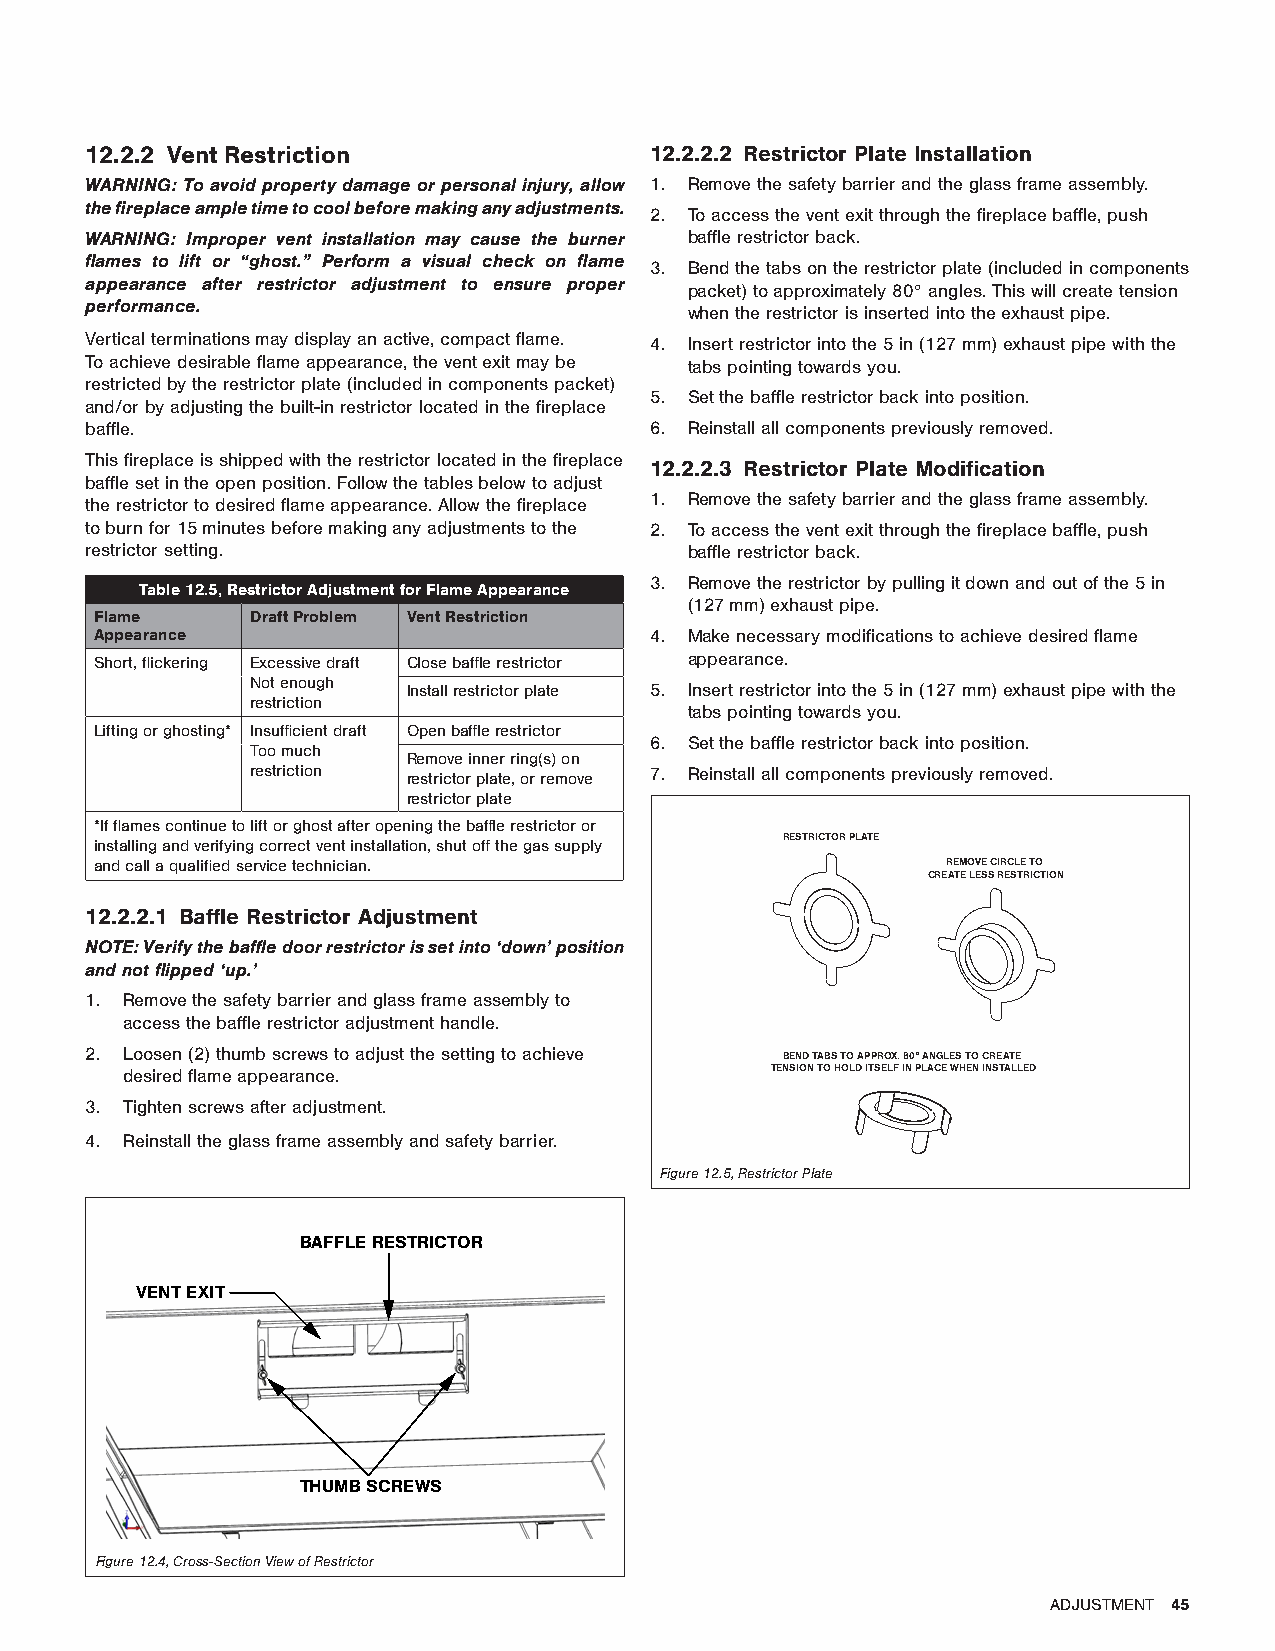
12.2.2 Vent Restriction              12.2.2.2 Restrictor Plate Installation
 WARNING: To avoid property damage or personal injury, allow 1. Remove the safety barrier and the glass frame assembly.
 the fireplace ample time to cool before making any adjustments.
 2. To access the vent exit through the fireplace baffle, push
 WARNING: Improper vent installation may cause the burner baffle restrictor back.
 flames to lift or “ghost.” Perform a visual check on flame
 3. Bend the tabs on the restrictor plate (included in components
 appearance after restrictor adjustment to ensure proper
 packet) to approximately 80° angles. This will create tension
 performance.
 when the restrictor is inserted into the exhaust pipe.
 Vertical terminations may display an active, compact flame. 4. Insert restrictor into the 5 in (127 mm) exhaust pipe with the
 To achieve desirable flame appearance, the vent exit may be tabs pointing towards you.
 restricted by the restrictor plate (included in components packet)
 5. Set the baffle restrictor back into position.
 and/or by adjusting the built-in restrictor located in the fireplace
 baffle.                              6. Reinstall all components previously removed.
 This fireplace is shipped with the restrictor located in the fireplace
 12.2.2.3 Restrictor Plate Modification
 baffle set in the open position. Follow the tables below to adjust
 1. Remove the safety barrier and the glass frame assembly.
 the restrictor to desired flame appearance. Allow the fireplace
 to burn for 15 minutes before making any adjustments to the 2. To access the vent exit through the fireplace baffle, push
 restrictor setting.                     baffle restrictor back.
 3. Remove the restrictor by pulling it down and out of the 5 in
 Table 12.5, Restrictor Adjustment for Flame Appearance
 (127 mm) exhaust pipe.
 Flame      Draft Problem Vent Restriction
 Appearance                           4. Make necessary modifications to achieve desired flame
 Short, flickering Excessive draft Close baffle restrictor appearance.
 Not enough Install restrictor plate 5. Insert restrictor into the 5 in (127 mm) exhaust pipe with the
 restriction
 tabs pointing towards you.
 Lifting or ghosting* Insufficient draft Open baffle restrictor
 6. Set the baffle restrictor back into position.
 Too much
 Remove inner ring(s) on
 restriction restrictor plate, or remove 7. Reinstall all components previously removed.
 restrictor plate
 *If flames continue to lift or ghost after opening the baffle restrictor or
 RESTRICTOR PLATE
 installing and verifying correct vent installation, shut off the gas supply
 and call a qualified service technician.                 REMOVE CIRCLE TO
 CREATE LESS RESTRICTION
 12.2.2.1 Baffle Restrictor Adjustment
 NOTE: Verify the baffle door restrictor is set into ‘down’ position
 and not flipped ‘up.’
 1. Remove the safety barrier and glass frame assembly to
 access the baffle restrictor adjustment handle.
 2. Loosen (2) thumb screws to adjust the setting to achieve BEND TABS TO APPROX. 80° ANGLES TO CREATE
 desired flame appearance.                  TENSION TO HOLD ITSELF IN PLACE WHEN INSTALLED
 3. Tighten screws after adjustment.
 4. Reinstall the glass frame assembly and safety barrier.
 Figure 12.5, Restrictor Plate
 BAFFLE RESTRICTOR
 VENT EXIT
 THUMB SCREWS
 Figure 12.4, Cross-Section View of Restrictor
 ADJUSTMENT 45